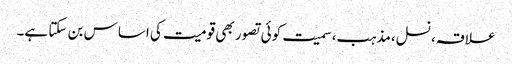
علاقہ، نسل،مذہب،سمیت کوئی تصور بھی قومیت کی اساس بن سکتا ہے۔